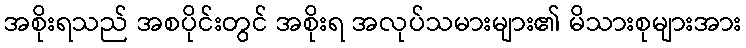
အစိုးရသည် အစပိုင်းတွင် အစိုးရ အလုပ်သမားများ၏ မိသားစုများအား